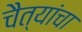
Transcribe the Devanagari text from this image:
चैत्यांचा